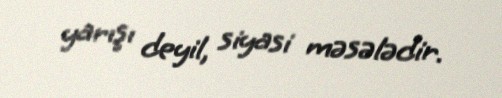
yarışı deyil, siyasi məsələdir.